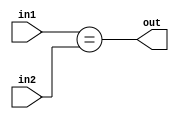

//////////////////////////////////////////////////////////////////////////////////
//	   
// Creator Name:   Sara Baradaran
// Module Name:    Check_Equality 
// Project Name:   MIPS Microprocessor 
//
//////////////////////////////////////////////////////////////////////////////////
module Check_Equality(in1, in2, out);

input  [5:0] in1, in2;
output out;

assign out = (in1 == in2);

endmodule